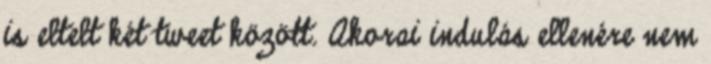
is eltelt két tweet között. Akorai indulás ellenére nem